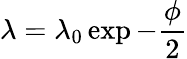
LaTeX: \lambda=\lambda_{0}\exp{-\frac{\phi}{2}}